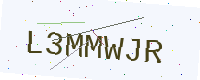
Text: L3MMWJR